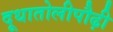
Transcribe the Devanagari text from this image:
दूधातोलीपौढ़ी